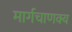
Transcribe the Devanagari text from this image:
मार्गचाणक्य